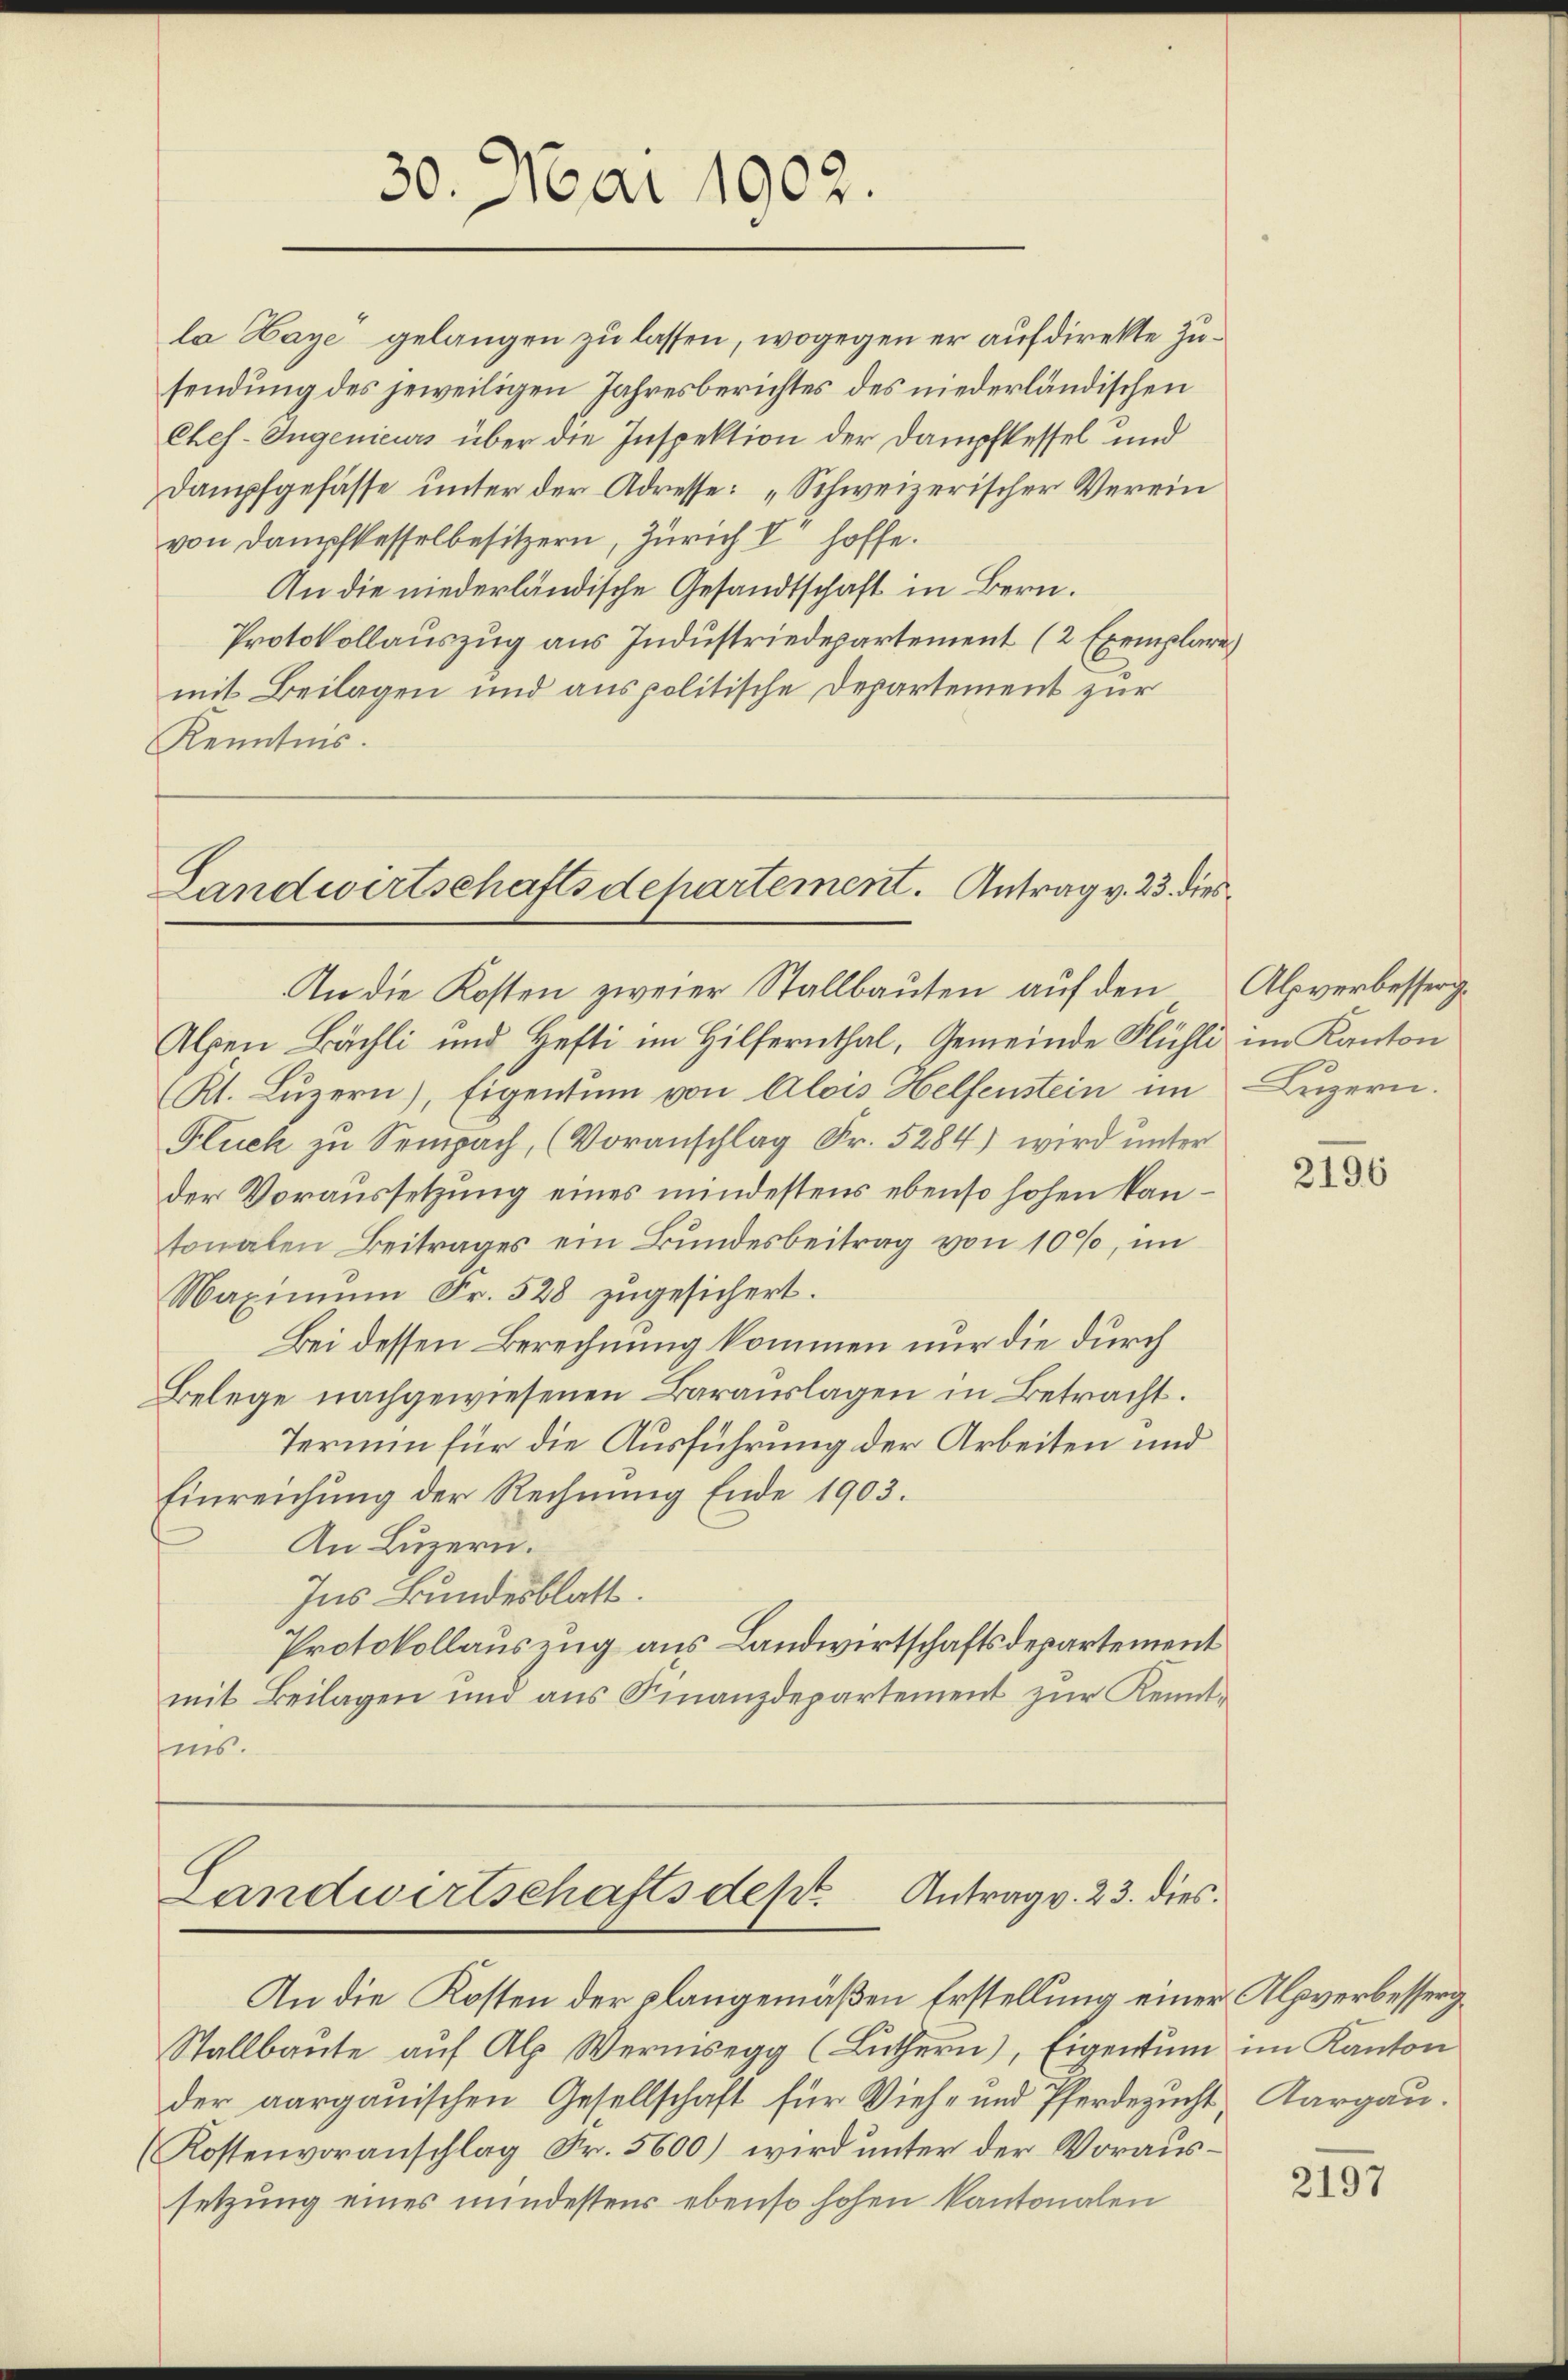
la Haye gelangen zu lassen, wogegen er auf direkte Zusendung des jeweiligen Jahresberichtes des niederländischen
Ches-Ingenieurs über die Inspektion der Dampfkessel und
Dampfgefasse unter der Adresse: „Schweizerischer Verein
von Dampfkesselbesitzern, Zürich V hoffe.
An die niederländische Gesandtschaft in Bern.
Protokollauszug aus Industriedepartement (2 Exemplare
mit Beilagen und aus politische Departement zur
Kenntnis.

30. Mai 1902.

Landwirtschaftsdepartement. Antrag v. 23. dies
An die Kosten zweier Stallbauten auf den Alpverbesserg¬

Alpen Bächli und Hefti im Hilfernthal, Gemeinde Flühli im Kanton
(Kt. Lŭzern), Eigentum von Alois Helfenstein im Luzern.
Fluch zu Sempach, (Voranschlag Fr. 5284) wird unter
der Voraussetzung eines mindestens ebenso hohen kantonalen Beitrages ein Bundesbeitrag von 100%, im
Maximum Fr. 528 zugesichert.
Bei dessen Berechnung kommen nur die durch
Belege nachgewiesenen Barauslagen in Betracht.
Termin für die Ausführung der Arbeiten und
Einreichung der Rechnung Ende 1903.
An Luzern.
Ins Bundesblatt.
Protokollauszug aus Landwirtschaftsdepartement
mit Beilagen und aus Finanzdepartement zur Kenntins.

Landwirtschaftsdept. Antrag v. 23. dies
An die Kosten der plangemäßen Erstellung einer Alpverbesserg

Stallbaŭte aŭf Alp Wermsegg (Lüthern, Eigentum im Kanton
der aargauischen Gesellschaft für Vieh- und Pferdezucht, Aargau.
Kostenvoranschlag Fr. 5600) wird unter der Voraussetzung eines mindestens ebenso hohen kantonalen

2196

2197